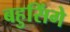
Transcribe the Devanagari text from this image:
बहुसिंगे